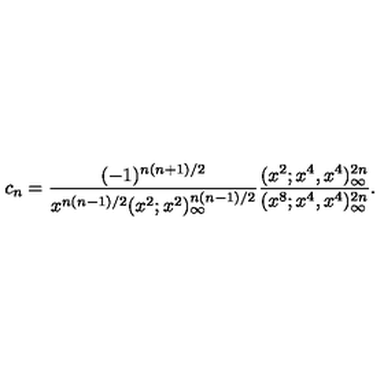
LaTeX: c _ { n } = \frac { ( - 1 ) ^ { n ( n + 1 ) / 2 } } { x ^ { n ( n - 1 ) / 2 } ( x ^ { 2 } ; x ^ { 2 } ) _ { \infty } ^ { n ( n - 1 ) / 2 } } \frac { ( x ^ { 2 } ; x ^ { 4 } , x ^ { 4 } ) _ { \infty } ^ { 2 n } } { ( x ^ { 8 } ; x ^ { 4 } , x ^ { 4 } ) _ { \infty } ^ { 2 n } } .